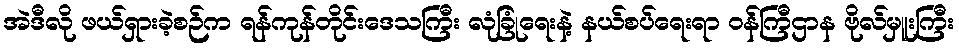
အဲဒီလို ဖယ်ရှားခဲ့စဉ်က ရန်ကုန်တိုင်းဒေသကြီး လုံခြုံရေးနဲ့ နယ်စပ်ရေးရာ ဝန်ကြီဌာန ဗိုလ်မှူးကြီး